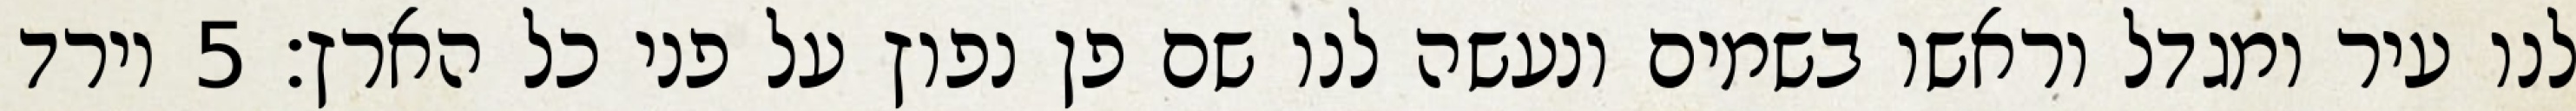
לנו עיר ומגדל וראשו בשמים ונעשה לנו שם פן נפוץ על פני כל הארץ׃ ‎5‏ וירד